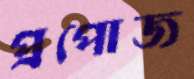
প্রপোজ